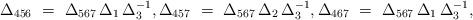
LaTeX: \begin{align*} \Delta_{456} \ = \ \Delta_{567} \, \Delta_1 \, \Delta_3^{-1}, \Delta_{457} \ = \ \Delta_{567} \, \Delta_2 \, \Delta_3^{-1}, \Delta_{467} \ = \ \Delta_{567} \, \Delta_1 \, \Delta_3^{-1},\end{align*}